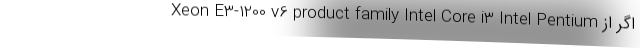
Xeon E3-1200 v6 product family Intel Core i3 Intel Pentium اگر از